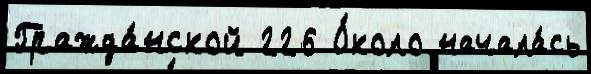
Гражда́нской 226 О́коло начала́сь